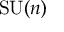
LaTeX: \mathrm { S U } ( n )